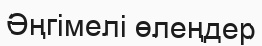
Әңгімелі өлеңдер